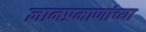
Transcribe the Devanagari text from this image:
ज्ञानप्रमाणांच्या